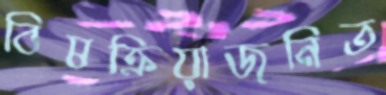
বিষক্রিয়াজনিত